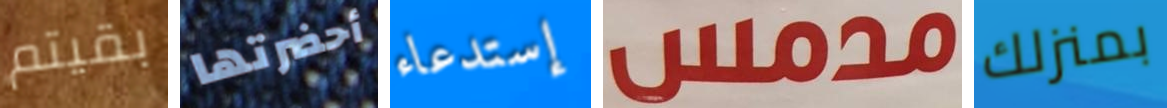
بقيتم أحضرتها إستدعاء مدمس بمنزلك